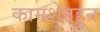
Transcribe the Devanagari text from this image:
कामशेतहून